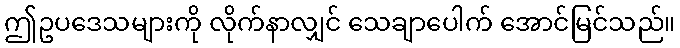
ဤဥပဒေသများကို လိုက်နာလျှင် သေချာပေါက် အောင်မြင်သည်။